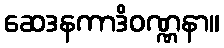
ဆေဒနကာဒိဝဏ္ဏနာ။